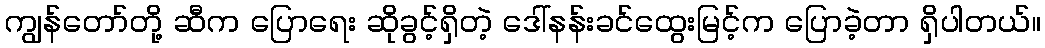
ကျွန်တော်တို့ ဆီက ပြောရေး ဆိုခွင့်ရှိတဲ့ ဒေါ်နန်းခင်ထွေးမြင့်က ပြောခဲ့တာ ရှိပါတယ်။